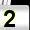
Digit: 2